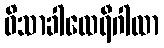
ဝိသာခါထေရီဂါထာ